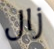
زال